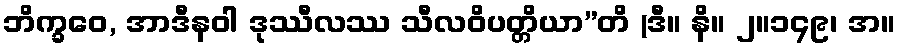
ဘိက္ခဝေ, အာဒီနဝါ ဒုဿီလဿ သီလဝိပတ္တိယာ”တိ (ဒီ။ နိ။ ၂။၁၄၉၊ အ။